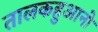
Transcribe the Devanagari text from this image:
तालकहुआनो